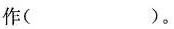
作( )。